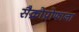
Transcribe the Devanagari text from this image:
सैक्रोप्रोफाना